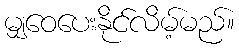
မျှဝေပေးနိုင်လိမ့်မည်။